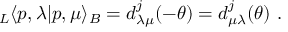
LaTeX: _ L \langle p , \lambda | p , \mu \rangle _ { B } = d _ { \lambda \mu } ^ { j } ( - \theta ) = d _ { \mu \lambda } ^ { j } ( \theta ) \ .